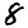
Digit: 8